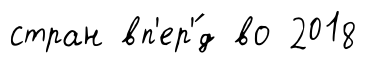
стран вп'ер'́д во 2018